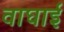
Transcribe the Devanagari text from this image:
वाघाई